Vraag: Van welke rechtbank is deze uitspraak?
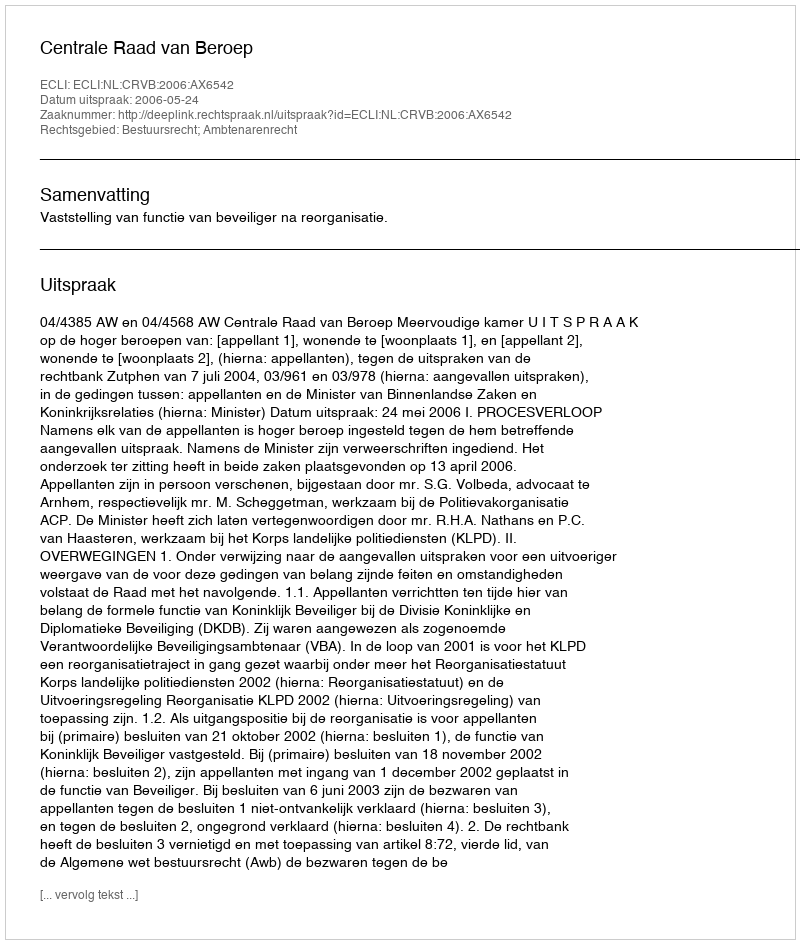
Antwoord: Centrale Raad van Beroep